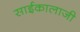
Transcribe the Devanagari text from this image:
साईकालाजी